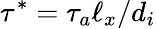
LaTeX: \tau^{*}=\tau_{a}\ell_{x}/d_{i}